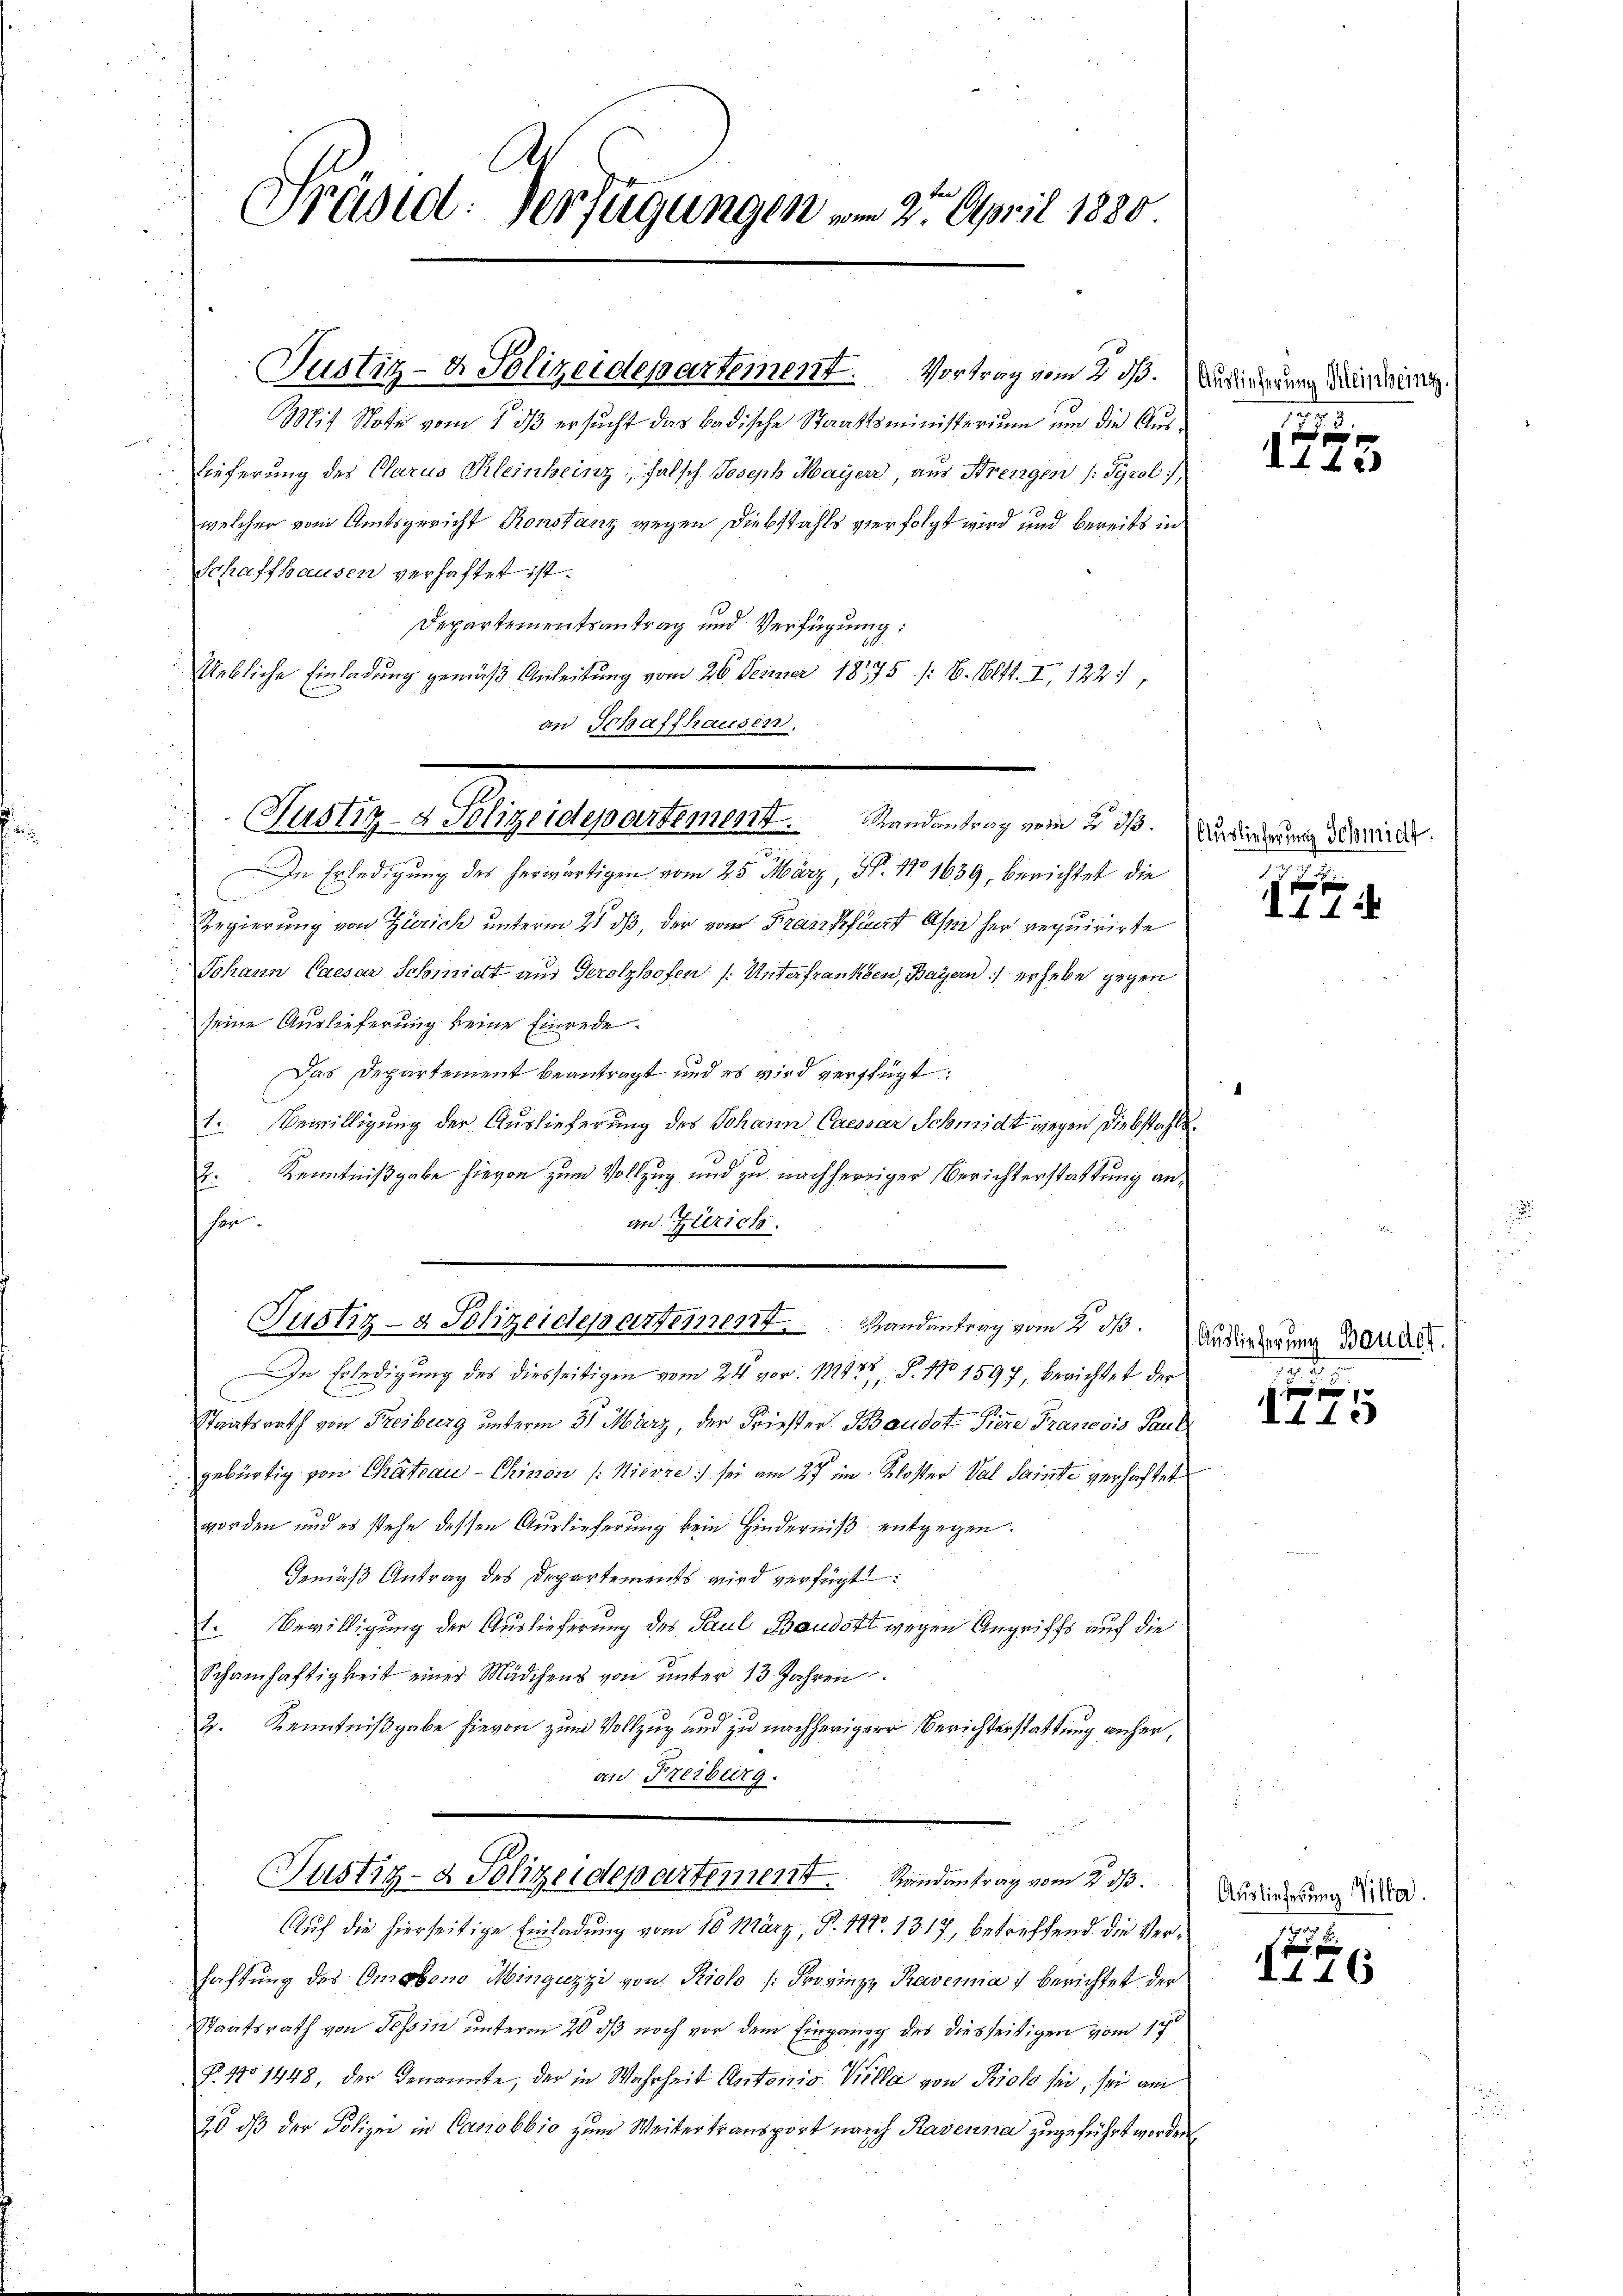
Präsid. Verfügungen am 27. April 1880.

Mit Note vom 1. ds ersucht das badische Staatsministerium und die Aus¬
.
lieferung des Glarus Kleinhein; falsch. Joseph Maÿer, aus Freigen /: Tyrol
welcher vom Amtsgericht Konstanz wegen Diebstahls verfolgt wird und bereits in
Schaffhausen verhaftet ist.
Departementsantrag und Verfügung:
Uebliche Einladung gemäß Anleitung vom 26. Jenner 18775 /: 6. 16114. I, 122
an Schaffhausen.

Justiz- & Polizeidepartement. Vortrag vom 2. dß. Bedingung Mündung

Justiz- & Polizeidepartement. Randantrag vom 2. d.

Justiz- & Polizeidepartement. Randantrag vom 2. ds.

Justiz- & Polizeidepartement. Randantrag vom 2. 33.

In Erledigung des herwärtigen vom 25. März, N. 11639, berichtet die
n
Regierung von Zürich unterm 21 dβ, der vom Franz Pfunt asse her requirirte
Johann Caesar Schmidt am Gerolzhofen /: Unterfranken, Bayern) erhebe gegen
seine Auslieferung keine Einrede.
Das Departement beantragt und es wird verfügt:
1. Bewilligung der Auslieferung des Johann Caessar Schmidt wegen Diebstahls¬
E: Kenntnißgabe hievon zum Vollzug und zu nachheriger Berichterstattung anher
an Zürich.

In Erledigung des diesseitigen vom 24. vor. 11428 §. 110 1597, berichtet der
Staatsrath von Freiburg unterm 31. März, der Friester Baudot Tiere Francois Paul
gebürtig von Chateau-Chinon /: Nievre sei am 27 in Kloster Val. Sainte verhaftet
worden und es stehe dessen Auslieferung kein Hinderniß entgegen.
Gemäß Antrag des Departements wird verfügt:
1. Bewilligung der Auslieferung des Paul Baudott wegen Angriffs auf die
Schamhaftigkeit eines Mädchens von ŭnter 13. Jahren
2. Kenntnißgabe hievon zum Vollzug und zu nachheriger Berichterstattung anher,
an Freiburg.
u

Auf die hierseitige Einladung vom 10. März, P. 1280. 1317, betreffend die Verhaftung des Omobono Minguzzi von Riolo /:Frovinz, Ravenia i berichtet der
Staatsrath von Tessin unterm 20 dß noch vor dem Eingang des diesseitigen vom 17t
F. No 1448, der Genannte, der in Wahrheit Antonio Villa von Rich sei, sei am
20 dß der Polizei in Casiobbio zum Weitertransport nach Rasenna zugeführt worden

5

p
142

Auslieferung Schmidt.

11

Auslieferung Bauder
29.

f xx
I145

Auslieferung Villa.

146